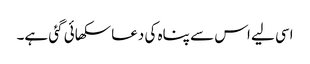
اسی لیے اس سے پناہ کی دعا سکھائی گئی ہے۔